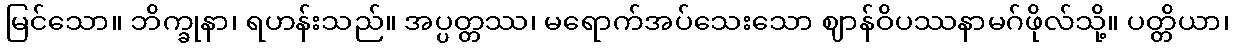
မြင်သော။ ဘိက္ခုနာ၊ ရဟန်းသည်။ အပ္ပတ္တဿ၊ မရောက်အပ်သေးသော ဈာန်ဝိပဿနာမဂ်ဖိုလ်သို့။ ပတ္တိယာ၊